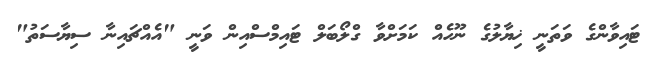
ޓައިވާންގެ ވަތަނީ ޚިޔާލުގެ ނޫހެއް ކަމަށްވާ ގްލޯބަލް ޓައިމްސްއިން ވަނީ "އެއްޗައިނާ ސިޔާސަތު"